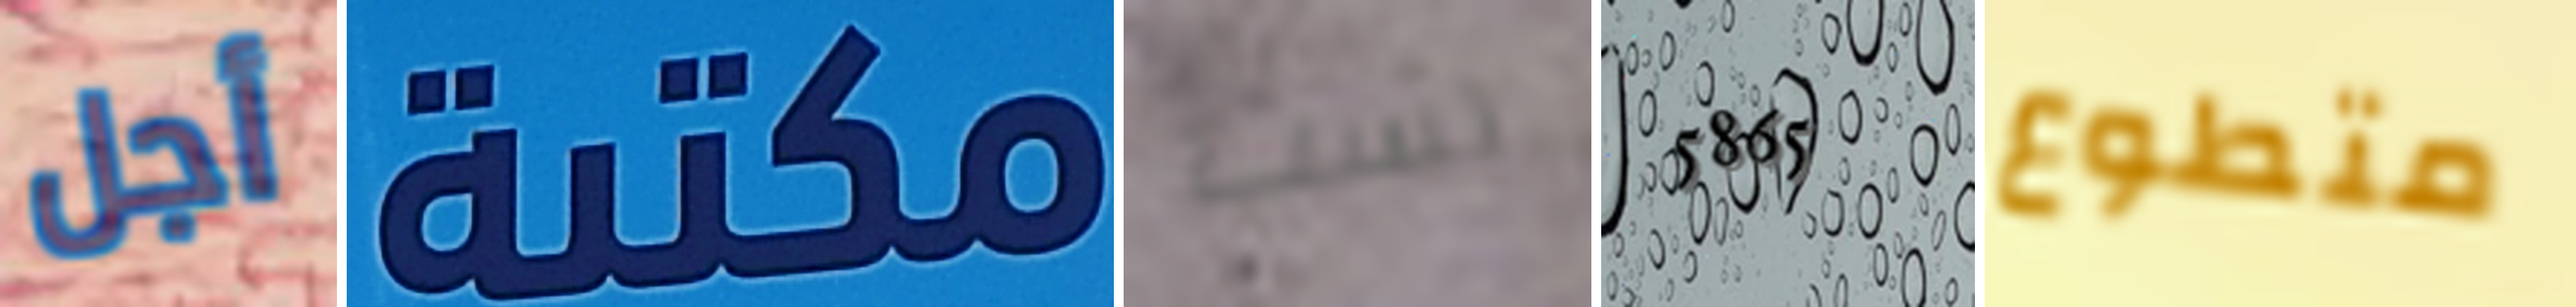
أجل مكتبة لست 5865 متطوع